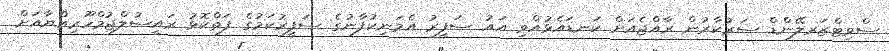
ސްވިޓްޒަރލޭންޑް ސަރުކާރުން ރާއްޖެއަށް ކަނޑައެޅުއްވި އައު ސަފީރު އެމަނިކުފާނުގެ ސަފީރުކަމުގެ ފަތްކޮޅު ރައީސުލްޖުމްހޫރިއްޔާއަށް